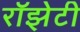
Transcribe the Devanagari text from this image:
रॉझेटी